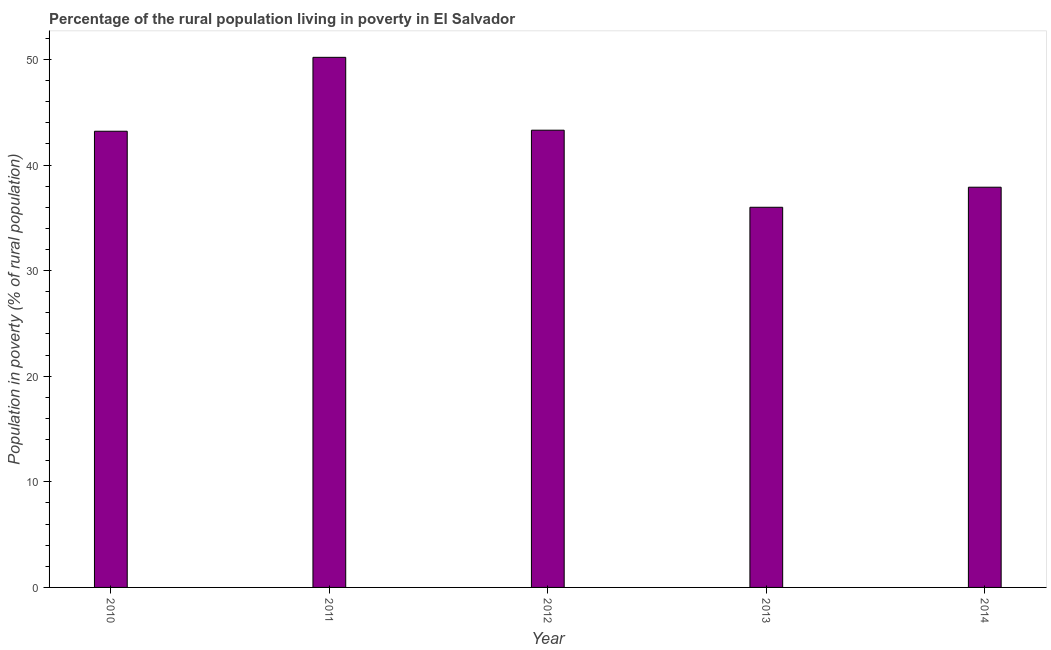
| Year | Rural poverty headcount ratio |
 | --- | --- |
 | 2010 | 43.2 |
 | 2011 | 50.2 |
 | 2012 | 43.3 |
 | 2013 | 36 |
 | 2014 | 37.9 |